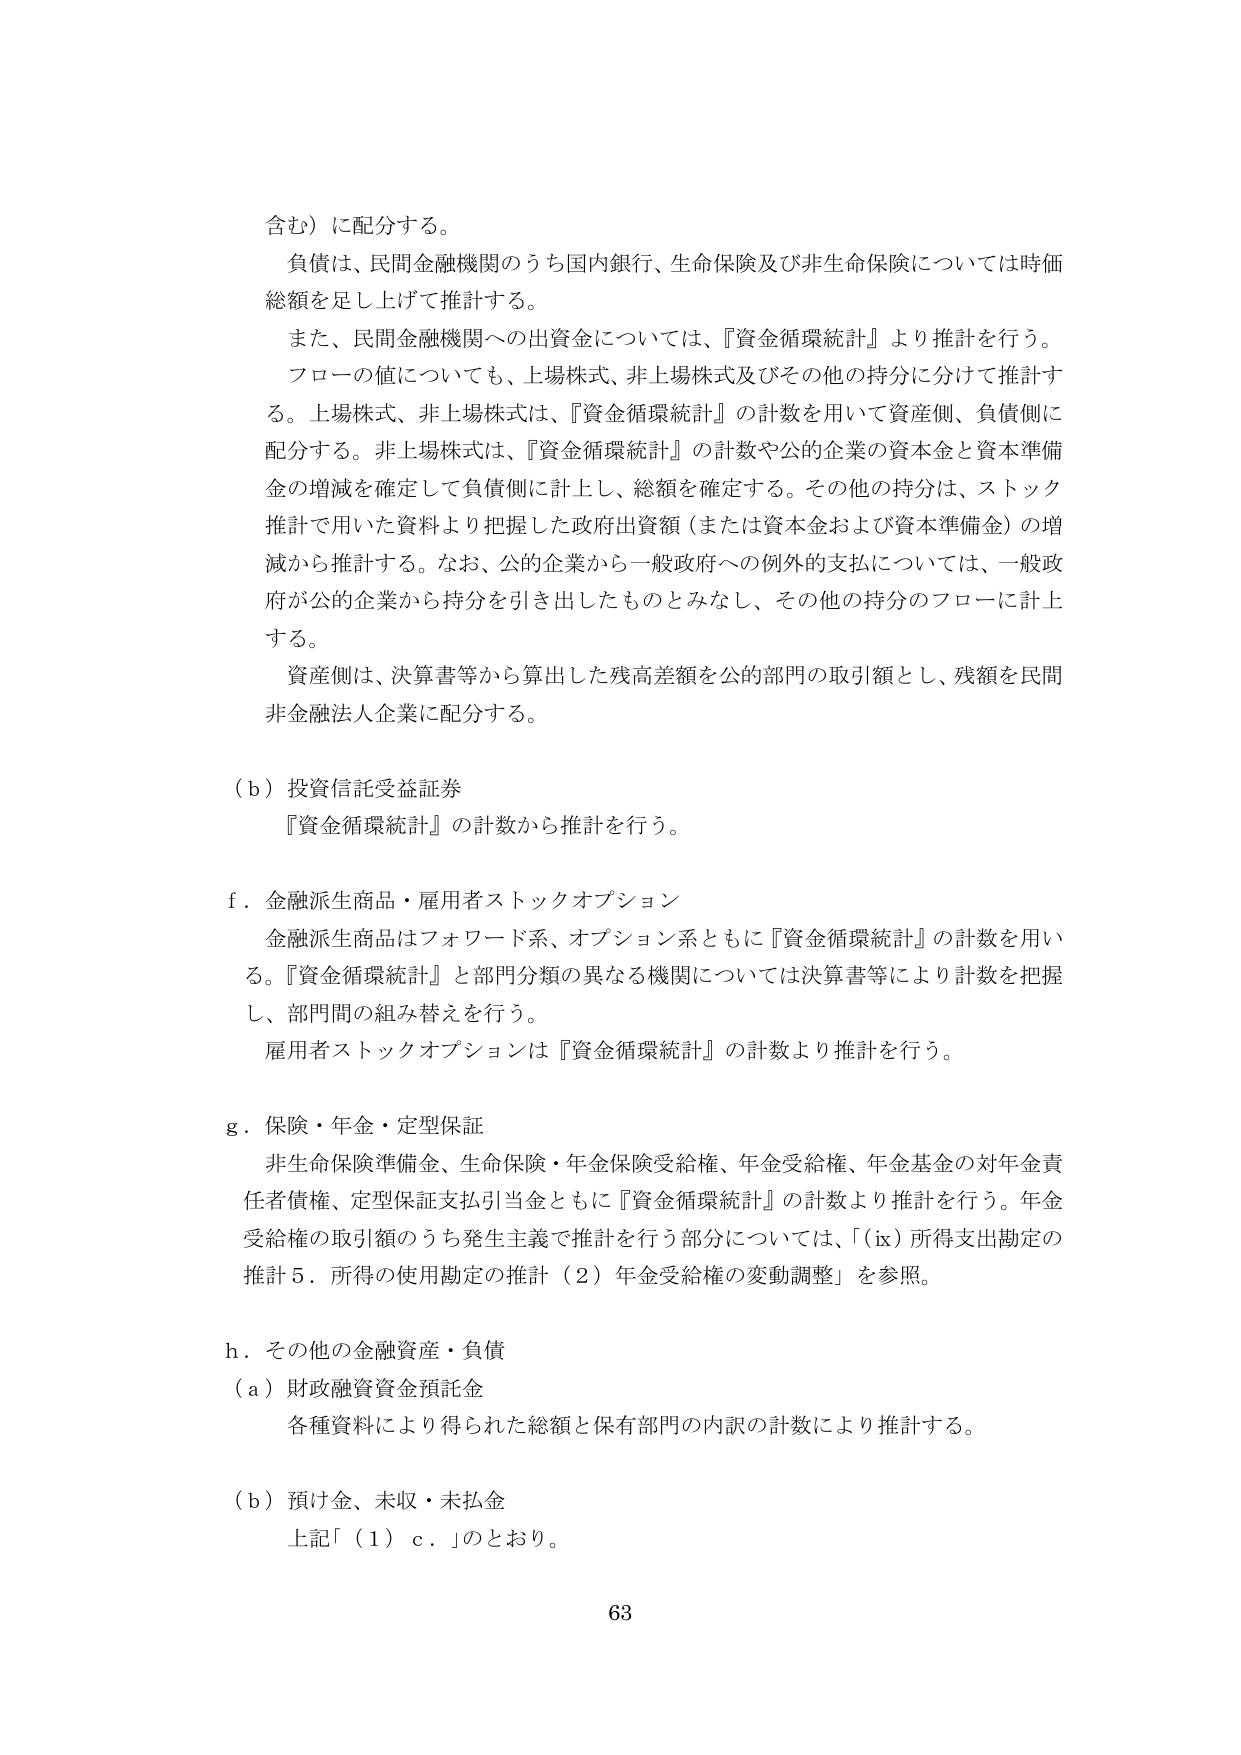
含む）に配分する。

負債は、民間金融機関のうち国内銀行、生命保険及び非生命保険については時価総額を足し上げて推計する。

また、民間金融機関への出資金については、『資金循環統計』より推計を行う。

フローの値についても、上場株式、非上場株式及びその他の持分に分けて推計する。上場株式、非上場株式は、『資金循環統計』の計数を用いて資産側、負債側に配分する。非上場株式は、『資金循環統計』の計数や公的企業の資本金と資本準備金の増減を確定して負債側に計上し、総額を確定する。その他の持分は、ストック推計で用いた資料より把握した政府出資額（または資本金および資本準備金）の増減から推計する。なお、公的企業から一般政府への例外的支払については、一般政府が公的企業から持分を引き出したものとみなし、その他の持分のフローに計上する。

資産側は、決算書等から算出した残高差額を公的部門の取引額とし、残額を民間非金融法人企業に配分する。

（b）投資信託受益証券
『資金循環統計』の計数から推計を行う。

f．金融派生商品・雇用者ストックオプション
金融派生商品はフォワード系、オプション系ともに『資金循環統計』の計数を用いる。『資金循環統計』と部門分類の異なる機関については決算書等により計数を把握し、部門間の組み替えを行う。
雇用者ストックオプションは『資金循環統計』の計数より推計を行う。

g．保険・年金・定型保証
非生命保険準備金、生命保険・年金保険受給権、年金受給権、年金基金の対年金責任者債権、定型保証支払引当金ともに『資金循環統計』の計数より推計を行う。年金受給権の取引額のうち発生主義で推計を行う部分については、「（ix）所得支出勘定の推計 5．所得の使用勘定の推計（2）年金受給権の変動調整」を参照。

h．その他の金融資産・負債
（a）財政融資資金預託金
各種資料により得られた総額と保有部門の内訳の計数により推計する。

（b）預け金、未収・未払金
上記「（1）c．」のとおり。

63